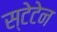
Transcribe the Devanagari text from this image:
स्टेटेन